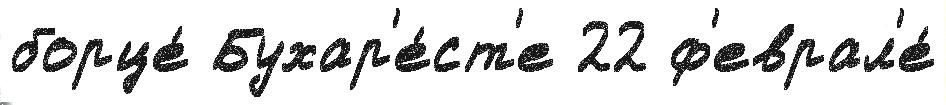
борце́ Бухар'е́ст'е 22 ф'еврал'е́